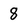
Character: 8